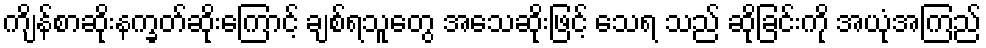
ကျိန်စာဆိုးနက္ခတ်ဆိုးကြောင့် ချစ်ရသူတွေ အသေဆိုးဖြင့် သေရ သည် ဆိုခြင်းကို အယုံအကြည်